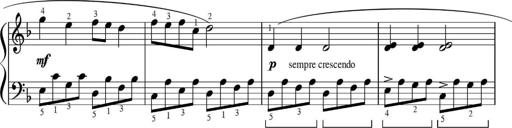
Title: Sonatinas
Composer: Andrew Violette